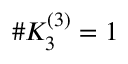
\# K _ { 3 } ^ { ( 3 ) } = 1